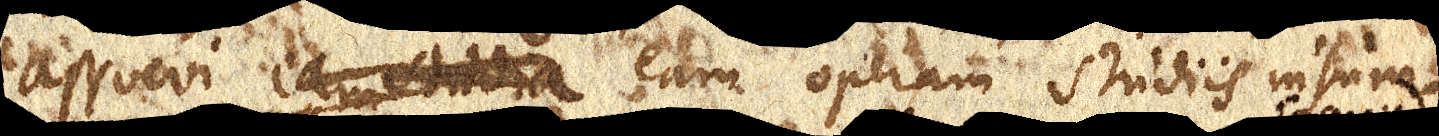
assuevi eamstudia eam operam studiis insum–